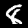
Label: 8